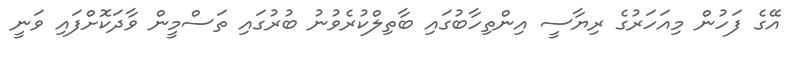
އޭގެ ފަހުން މިއަހަރުގެ ރިޔާސީ އިންތިހާބުގައި ބާތިލްކުރެވުނު ބުރުގައި ތަސްމީން ވާދަކޮށްފައި ވަނީ